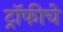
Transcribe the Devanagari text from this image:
ट्रॉफीचे